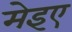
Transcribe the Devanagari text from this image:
मेइए